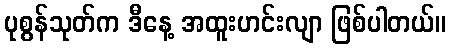
ပုစွန်သုတ်က ဒီနေ့ အထူးဟင်းလျာ ဖြစ်ပါတယ်။